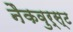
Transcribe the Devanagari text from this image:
नैकवुर्स्ट